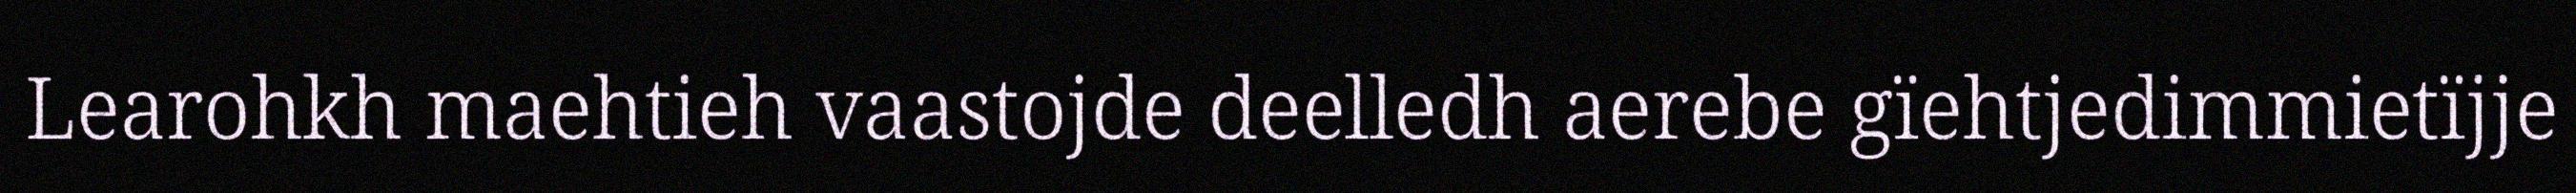
Learohkh maehtieh vaastojde deelledh aerebe gïehtjedimmietïjje